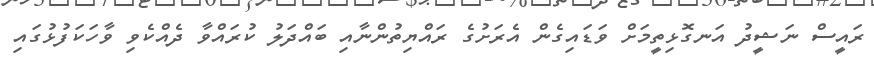
ރައީސް ނަޝީދު އަނގޮޅިތީމަށް ވަޑައިގެން އެރަށުގެ ރައްޔިތުންނާއި ބައްދަލު ކުރައްވާ ދެއްކެވި ވާހަކަފުޅުގައި